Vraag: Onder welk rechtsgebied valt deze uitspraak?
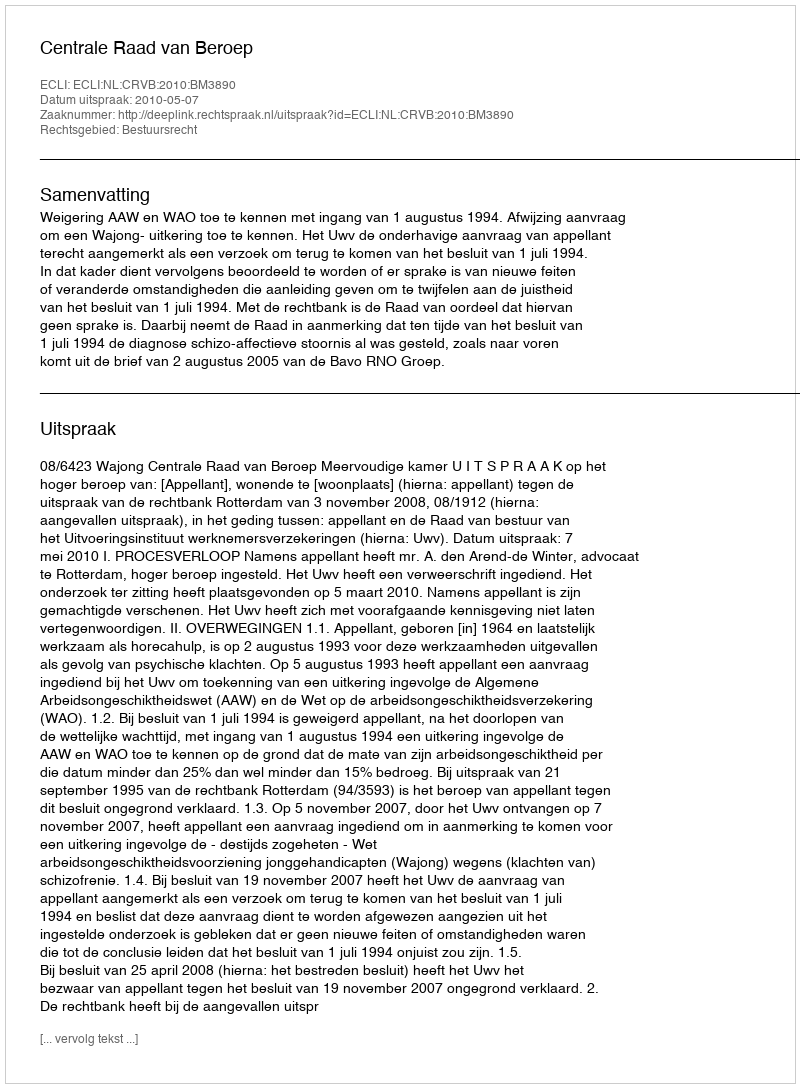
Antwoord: Bestuursrecht